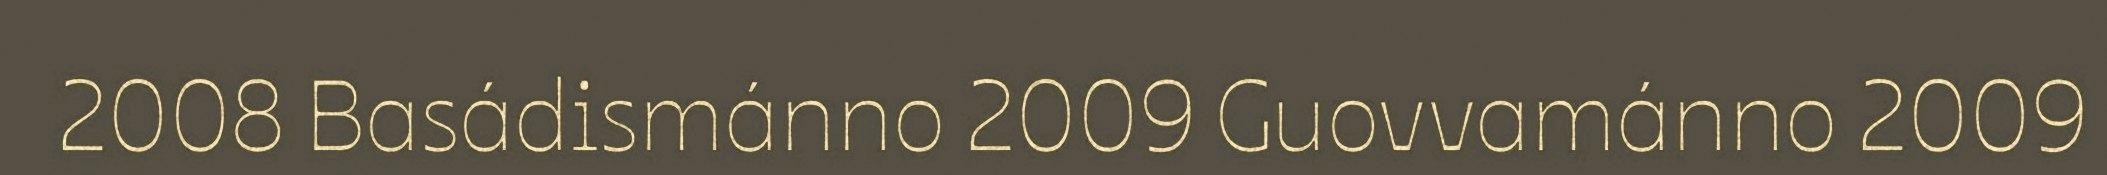
2008 Basádismánno 2009 Guovvamánno 2009